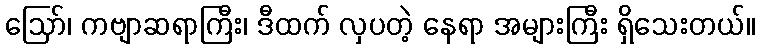
ဪ၊ ကဗျာဆရာကြီး၊ ဒီထက် လှပတဲ့ နေရာ အများကြီး ရှိသေးတယ်။